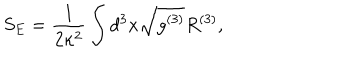
LaTeX: S _ { E } = \frac { 1 } { 2 \kappa ^ { 2 } } \int d ^ { 3 } x \sqrt { g ^ { ( 3 ) } } { R ^ { ( 3 ) } } ,